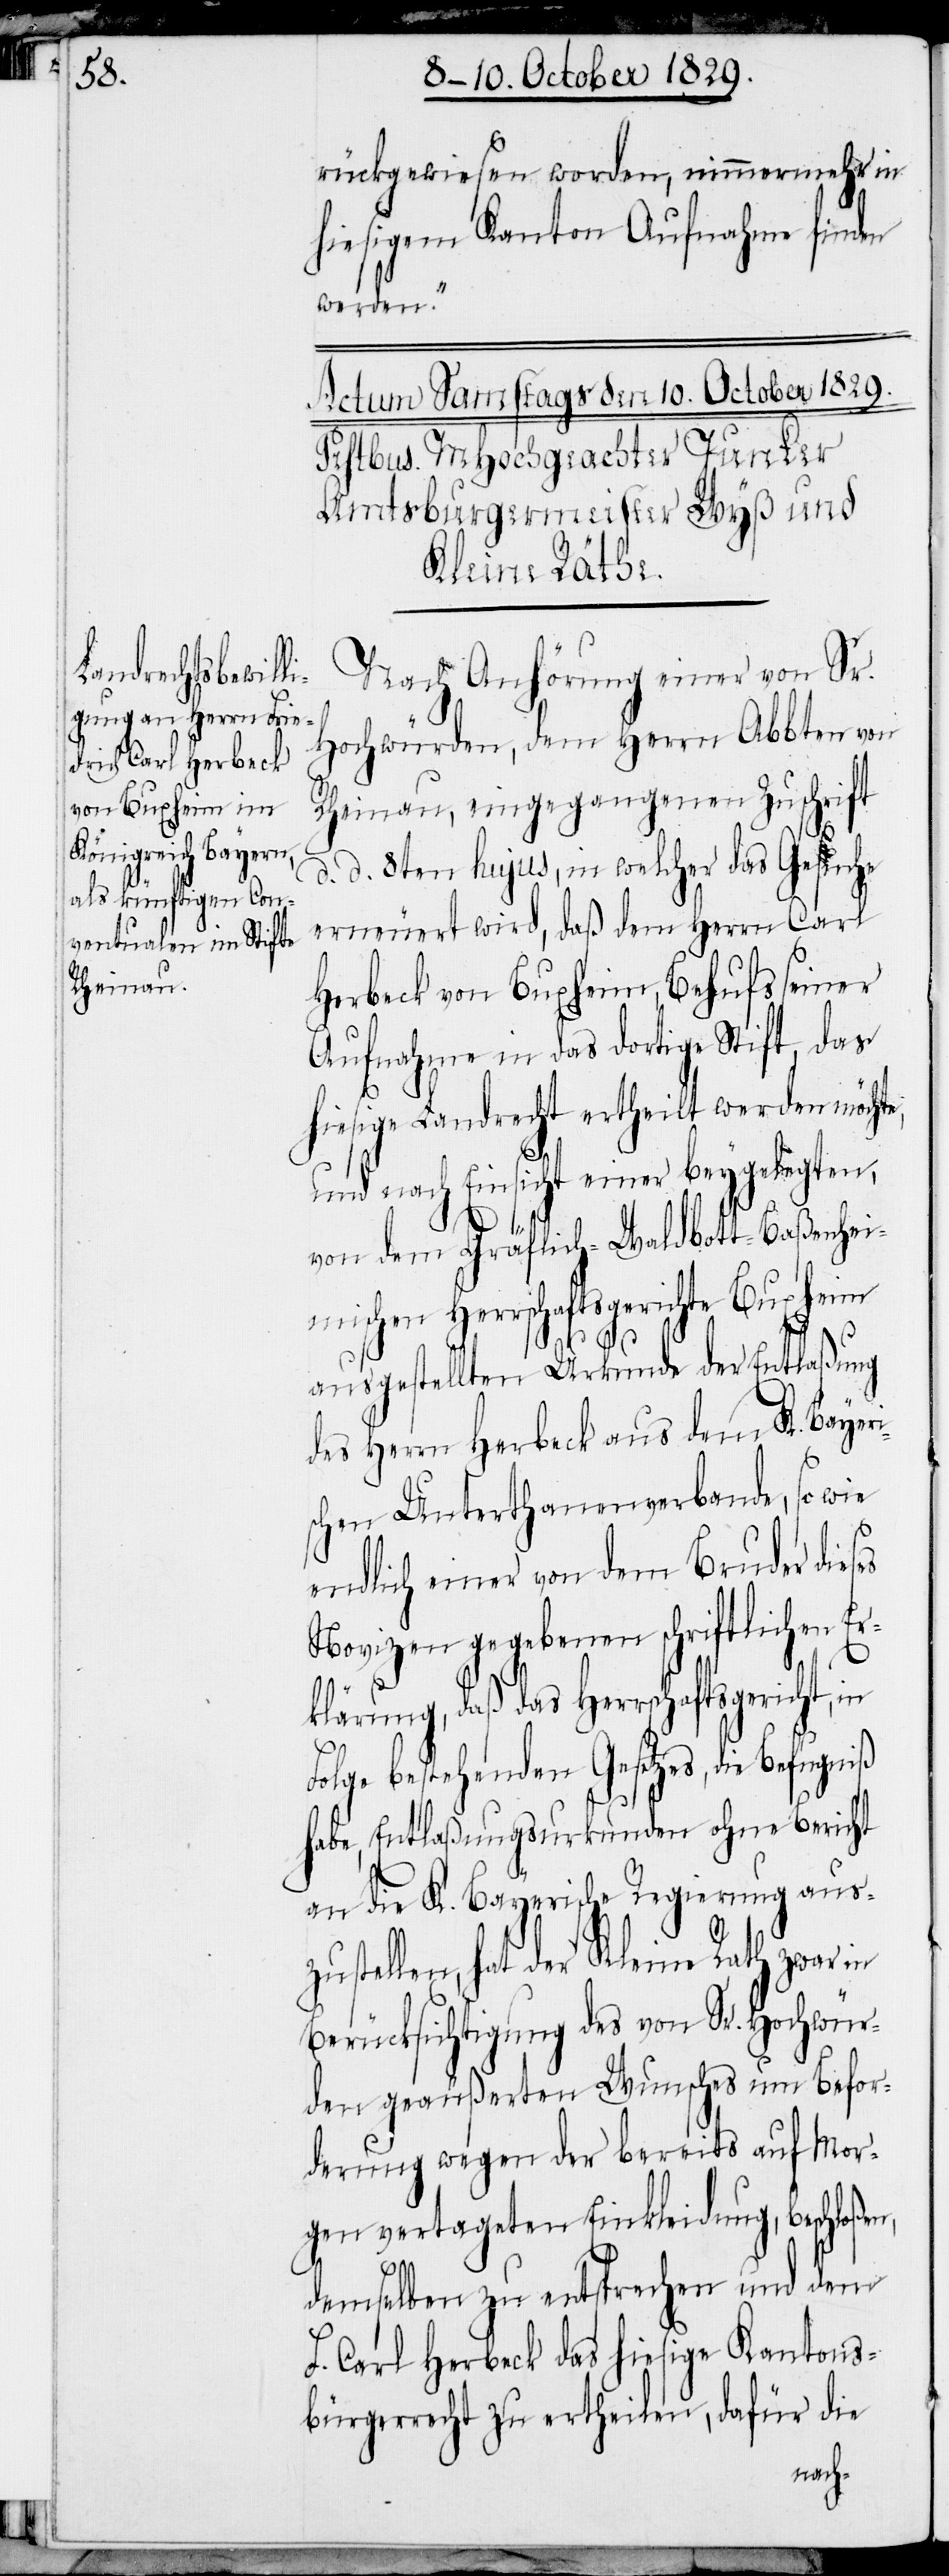
rückgewiesen worden, nimmermehr in
hiesigem Kanton Aufnahme finden
werden.“
Nach Anhörung einer von Sr.
Hochwürden, dem Herrn Abbten von
Rheinau, eingegangenen Zuschrift
d. d. 8ten hujus, in welcher das Gesuche
erneuert wird, daß dem Herrn Carl
Herbeck von Buxheim, Behufs seiner
Aufnahme in das dortige Stift, das
hiesige Landrecht ertheilt werden möchte,
und nach Einsicht einer beygelegten,
i¬
von dem Gräflich-Waldbott-Baßenheim¬
ischen Herrschaftsgerichte Buxheim
ausgestellten Urkunde der Entlaßung
des Herrn Herbeck aus dem K. Bayer¬
schen Unterthanenverbande, so wie
endlich einer von dem Bruder dieses
Novizen gegebenen schriftlichen Er¬
klärung, daß das Herrschaftsgericht,
Folge bestehenden Gesetzes, die Befugniß
habe, Entlaßungsurkunden ohne Bericht
an die K. Bayerische Regierung aus¬
tellen, hat der Kleine Rath zwar
Berücksichtigung des von Sr. Hochwür¬
den geäußerten Wunsches um Befor¬
derung wegen der bereits auf Mor¬
gen vertageten Einkleidung, beschloßen,
zus¬
demselben zu entsprechen und dem
F. Carl Herbeck das hiesige Kantons¬
bürgerrecht zu ertheilen, dafür die